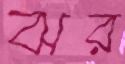
ঝর